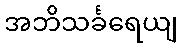
အဘိသင်္ခရေယျ